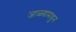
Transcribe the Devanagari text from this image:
जाळ्यामधून